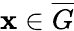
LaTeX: \mathbf{x}\in\overline{{G}}